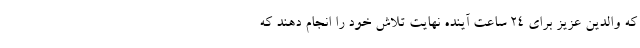
که والدین عزیز برای ٢۴ ساعت آینده نهایت تلاش خود را انجام دهند که